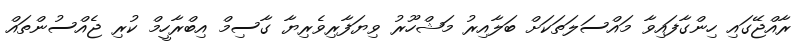
ރާއްޖޭގައި ހިންގާފައިވާ މައްސަލަތަކަށް ބަލާއިރު މަޝްހޫރު ވިޔަފާރިވެރިޔާ ގާސިމް އިބްރާހީމް ކުރި ޖެއްސުންތައް